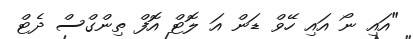
"އައި ނޯ އައި ހޭވް ޑަން އަ ލޮޓް އޮފް ތިންގްސް ދެޓް